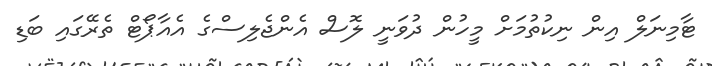
ޓާމިނަލް އިން ނިކުތުމަށް މީހުން ދުވަނީ ލޮސް އެންޖެލިސްގެ އެއާޕޯޓް ތެރޭގައި ބަޑި